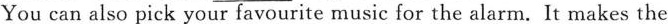
You can also pick your favourite music for the alarm. It makes the